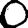
Digit: 0